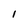
Character: 1